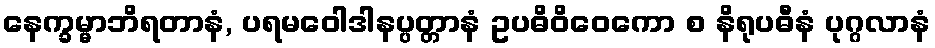
နေက္ခမ္မာဘိရတာနံ, ပရမဝေါဒါနပ္ပတ္တာနံ ဥပဓိဝိဝေကော စ နိရုပဓီနံ ပုဂ္ဂလာနံ